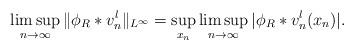
LaTeX: \begin{align*}\limsup_{n\rightarrow \infty} \|\phi_R * v^l_n\|_{L^\infty} = \sup_{x_n} \limsup_{n\rightarrow \infty} |\phi_R * v^l_n(x_n)|.\end{align*}